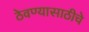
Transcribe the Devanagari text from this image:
ठेवण्यासाठीचे